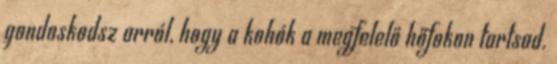
gondoskodsz arról, hogy a kohók a megfelelő hőfokon tartsad.